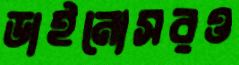
ডাইনোসরও